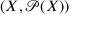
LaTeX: ( X , { \mathcal { P } } ( X ) )